Leaving Certificate Examination, 1918, 1918
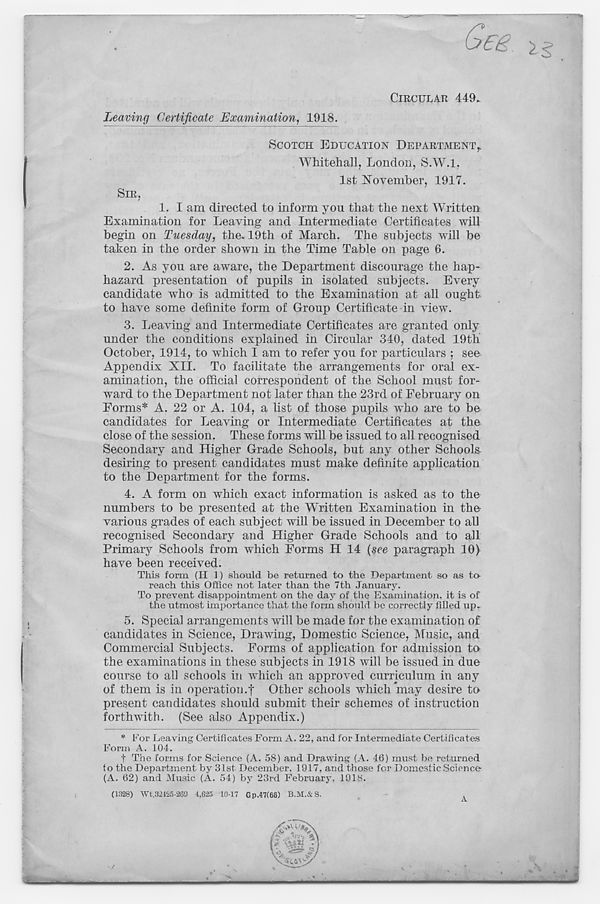
Gfig.
CIRCULAR 449.
Leaving Certificate Examination, 1918.
SCOTCH EDUCATION DEPARTMENT,.
Whitehall, London, S.W.l,
1st November, 1917.
SIR,
1.
I am directed t
Examination for Leaving and Intermediate Certificates will
begin on Tuesday, the. 19th of March. The subjects will be
taken in the order shown in the Time Table on page 6.
2. As you are aware, the Department discourage the hap-
hazard presentation of pupils in isolated subjects. Every
candidate who is admitted to the Examination at all ought
to have some definite form of Group Certificate in view.
3. Leaving and Intermediate Certificates are granted only
under the conditions explained in Circular 340, dated 19th
October, 1914, to which I am to refer you for particulars ; see
Appendix XII. To facilitate the arrangements for oral ex-
amination, the official correspondent of the School must for-
ward to the Department not later than the 23rd of February on
Forms* A. 22 or A. 104, a list of those pupils who are to be
candidates for Leaving or Intermediate Certificates at the
close of the session. These forms will be issued to all recognised
Secondary and Higher Grade Schools, but any other Schools
desiring to present candidates must make definite application
to the Department for the forms.
4. A form on which exact information is asked as to the
numbers to be presented at the 'Written Examination in the
various grades of each subject will be issued in December to all
recognised Secondary and Higher Grade Schools and to all
Primary Schools from which Forms H 14 {see paragraph 10)
have been received.
This form (II 1) should be returned to the Department so as to
reach this Office not later than the 7th January.
To prevent disappointment on the day of the Examination, it is of
the utmost importance that the form should be correctly filled up.
5. Special arrangements will be made for the examination of
candidates in Science, Drawing, Domestic Science, Music, and
Commercial Subjects. Forms of application for admission to
the examinations in these subjects in 1918 will be issued in due
course to all schools in which an approved curriculum in any
of them is in operation.f Other schools which may desire to
present candidates should submit their schemes of instruction
forthwith. (See also Appendix.)
* For Leaving Certificates Form A. 22, and for Intermediate Certificates
Form A. 104.
t The forms for Science (A. 58) and Drawing (A. 46) must be returned
to the Department by 31st December, 1917, and those for Domestic Science
(A. 62) and Music (A. 54) by 23rd February, 1918.
(1328) Wt.32425-289 4,625 10-17 Gp.47(68) B.M.&S.
.
/L»V